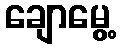
ချောမွေ့